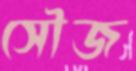
সৌজ